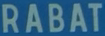
RABAT